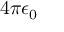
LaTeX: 4 \pi \epsilon _ { 0 }